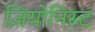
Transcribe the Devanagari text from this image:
ज़ियोनिस्ट